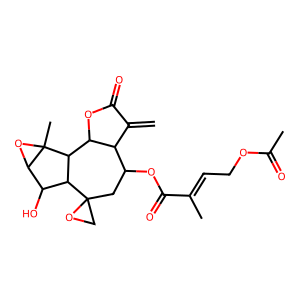
SMILES: C=C1C(=O)OC2C1C(OC(=O)C(C)=CCOC(C)=O)CC1(CO1)C1C(O)C3OC3(C)C21
Inhibits HIV replication: No